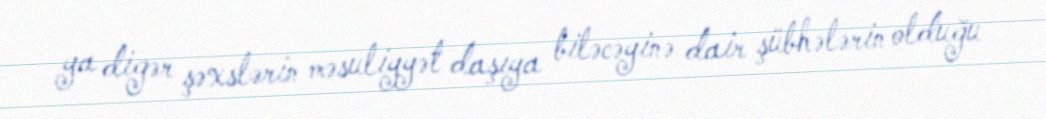
ya digər şəxslərin məsuliyyət daşıya biləcəyinə dair şübhələrin olduğu